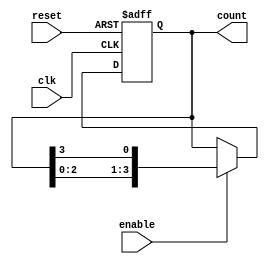
module variable_length_ring_counter #(
    parameter N = 4  // Default length of the counter
)(
    input wire clk,         // Clock input
    input wire reset,       // Reset input (active high)
    input wire enable,      // Enable input (active high)
    output reg [N-1:0] count // Output state of the ring counter
);

// Initialize the counter to a specific state
initial begin
    count = {N-1{1'b0}}; // Set all bits to 0
    count[0] = 1'b1;     // Set the least significant bit to 1
end

// Always block for state transition
always @(posedge clk or posedge reset) begin
    if (reset) begin
        // On reset, initialize to the starting state
        count <= {N-1{1'b0}};
        count[0] <= 1'b1; // Set the least significant bit to 1
    end else if (enable) begin
        // Shift the '1' to the right and wrap around
        count <= {count[N-2:0], count[N-1]};
    end
end

endmodule